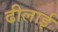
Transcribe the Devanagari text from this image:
ढीलाई